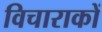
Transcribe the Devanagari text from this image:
विचाराकों